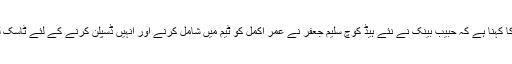
ذرائع کا کہنا ہے کہ حبیب بینک نے نئے ہیڈ کوچ سلیم جعفر نے عمر اکمل کو ٹیم میں شامل کرنے اور انہیں ڈسپلن کرنے کے لئے ٹاسک لیا ہے۔